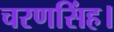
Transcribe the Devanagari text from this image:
चरणसिंह।